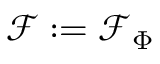
\mathcal { F } : = \mathcal { F } _ { \Phi }